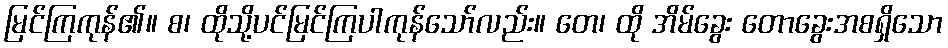
မြင်ကြကုန်၏။ စ၊ ထိုသို့ပင်မြင်ကြပါကုန်သော်လည်း။ တေ၊ ထို အိမ်ခွေး တောခွေးအစရှိသော